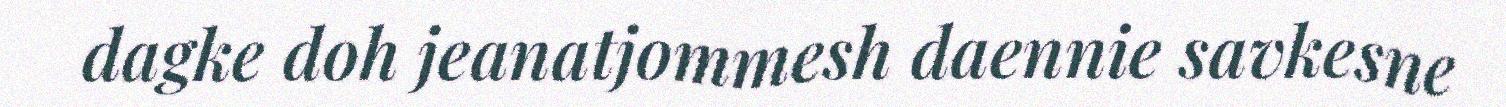
dagke doh jeanatjommesh daennie savkesne